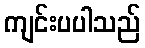
ကျင်းပပါသည်